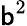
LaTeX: \mathsf{b}^{2}